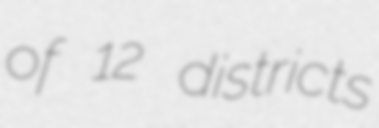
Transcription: of 12 districts